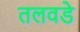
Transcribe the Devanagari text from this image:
तलवडे